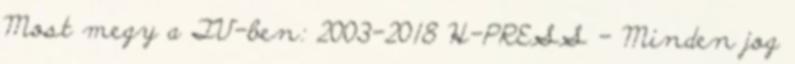
Most megy a TV-ben: 2003-2018 H-PRESS - Minden jog